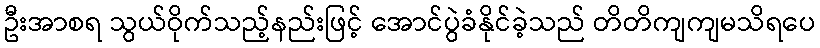
ဦးအာစရ သွယ်ဝိုက်သည့်နည်းဖြင့် အောင်ပွဲခံနိုင်ခဲ့သည် တိတိကျကျမသိရပေ